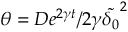
\theta = D e ^ { 2 \gamma t } / 2 \gamma \tilde { \delta _ { 0 } } ^ { 2 }